Annual report of the Central Committee of the Association together with the report of the directors of the Pasteur Institute at Kasauli
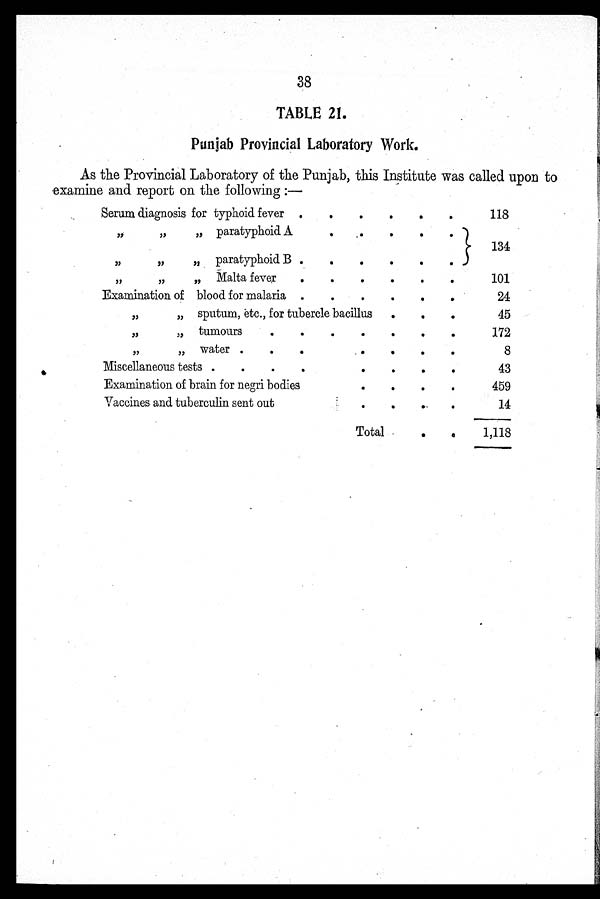
38
TABLE 21.
Punjab Provincial Laboratory Work.
As the Provincial Laboratory of the Punjab, this Institute was called upon to
examine and report on the following : —
Serum diagnosis for typhoid fever
118
,, ,, ,, paratyphoid A
134
,, ,, ,, paratyphoid B
,, ,, ,, Malta fever
101
Examination of blood for malaria
24
,, ,, sputum, etc., for tubercle bacillus
45
,, ,, tumours
172
,, ,, water
8
Miscellaneous tests
43
Examination of brain for negri bodies
459
Vaccines and tuberculin sent out
14
Total
1,118